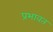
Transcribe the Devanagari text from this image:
प्रभावत